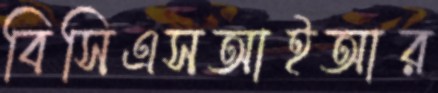
বিসিএসআইআর